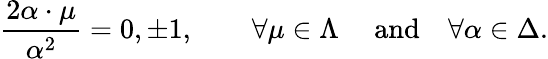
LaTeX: {\frac{2\alpha\cdot\mu}{\alpha^{2}}}=0,\pm 1,\quad\quad\forall\mu\in\Lambda\quad\ \mathrm{and}\quad\forall\alpha\in\Delta.